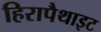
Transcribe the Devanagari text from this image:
हिरापैथाइट